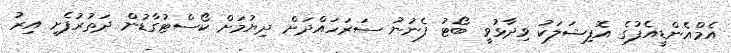
އެމްއެންޑީއެފުގެ އޮފިޝަލަކު ވިދާޅުވީ ބޯޓު ފެނުނު ސަރަހައްދަށް ދިޔުމަށް ކޯސްޓުގާޑުން ދަތުރުފެށި އިރު